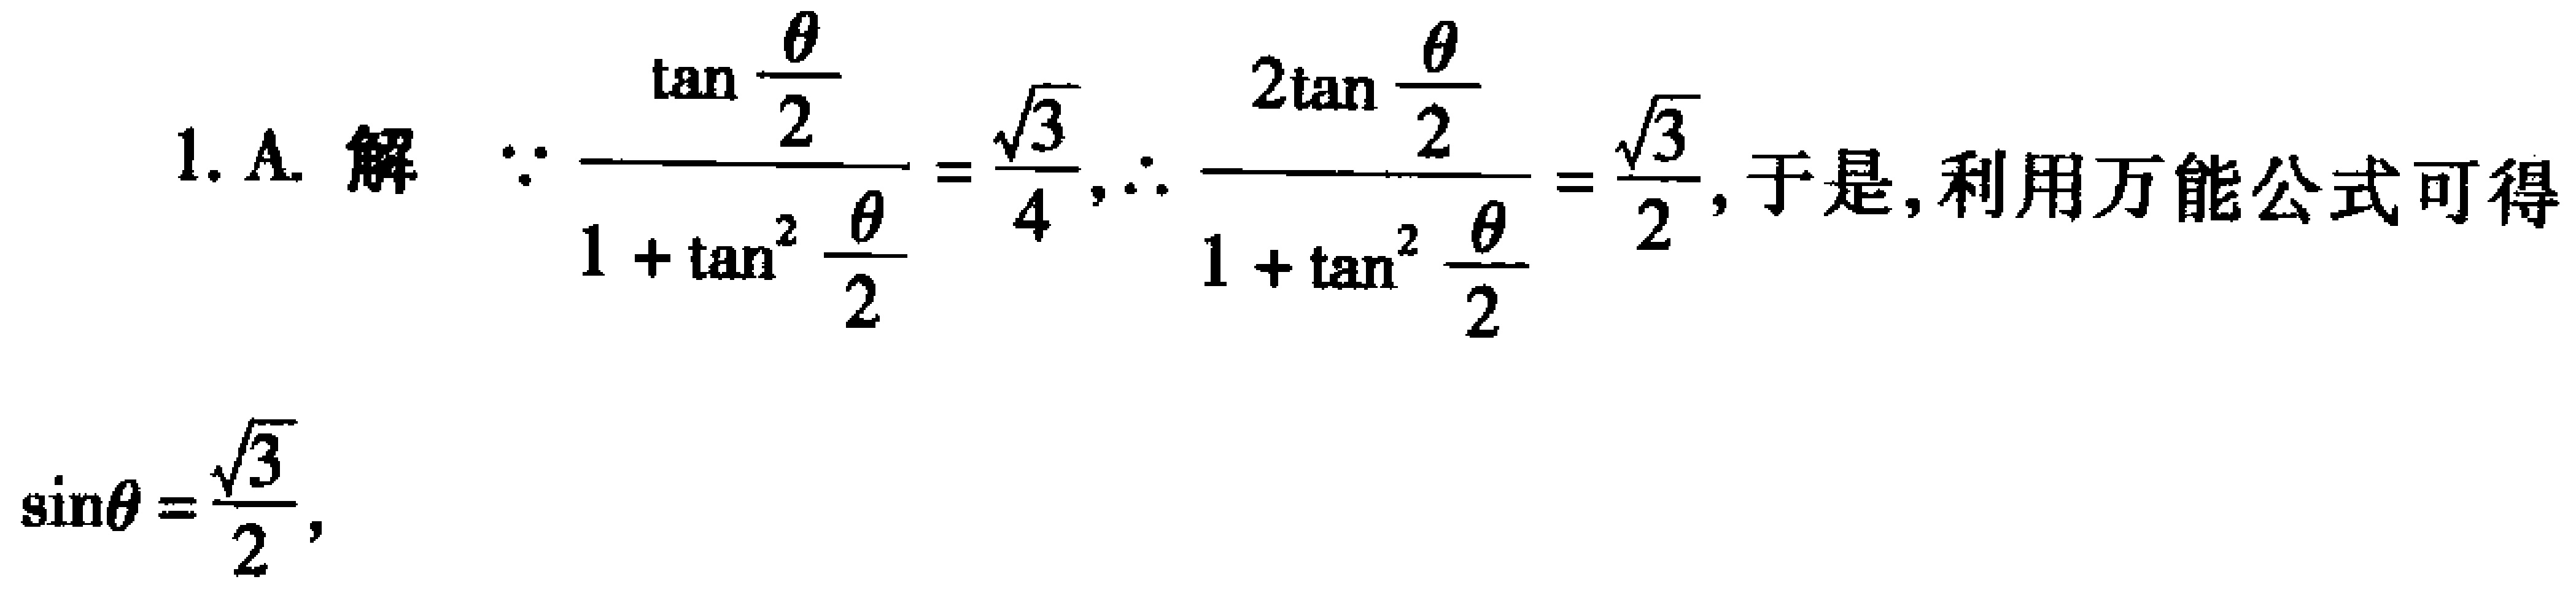
1. A. 解 $\because \frac{\tan\frac{\theta}{2}}{1 + \tan^{2}\frac{\theta}{2}} = \frac{\sqrt{3}}{4}, \therefore \frac{2\tan\frac{\theta}{2}}{1 + \tan^{2}\frac{\theta}{2}} = \frac{\sqrt{3}}{2}$, 于是, 利用万能公式可得
$\sin\theta = \frac{\sqrt{3}}{2}$,